Indian journal of veterinary science and animal husbandry - Volume 6,
Year: 1936
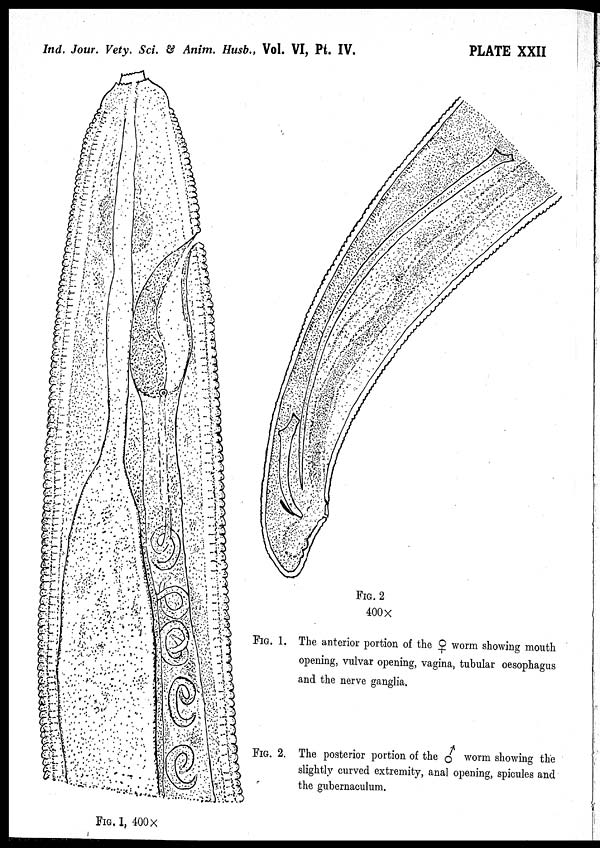
Ind. Jour. Vety. Sci. & Anim. Husb., Vol. VI, Pt. IV.
PLATE XXII
FIG. 1, 400 ×
FIG. 2
400 ×
FIG. 1. The anterior portion of the ♀ worm showing month
opening, vulvar opening, vagina, tubular oesophagus
and the nerve ganglia.
FIG. 2. The posterior portion of the ♂ worm showing the
slightly curved extremity, anal opening, spicules and
the gubernaculum.